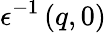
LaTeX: \epsilon^{-1}\left(q,0\right)